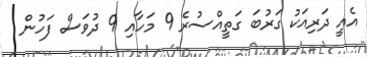
އެއީ ދަރިއަކު ގަރުބަ ގަތީއްސުރެ 9 މަހާއި 9 ދުވަސް ފަހުން